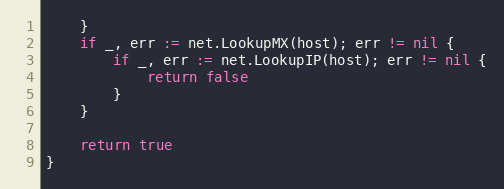
Language: Go
	}
	if _, err := net.LookupMX(host); err != nil {
		if _, err := net.LookupIP(host); err != nil {
			return false
		}
	}

	return true
}